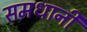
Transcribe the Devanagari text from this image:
समधानी